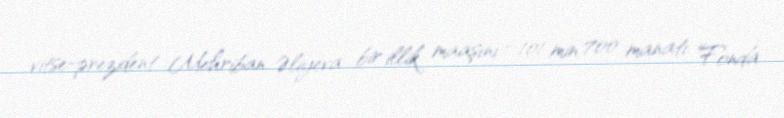
vitse-prezident Mehriban Əliyeva bir illik maaşını - 101 min 700 manatı Fonda